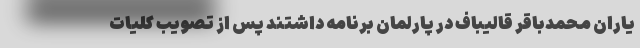
یاران محمدباقر قالیباف در پارلمان برنامه داشتند پس از تصویب کلیات